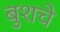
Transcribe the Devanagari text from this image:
बुशचे